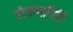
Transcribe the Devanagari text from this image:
मेकगारिटि